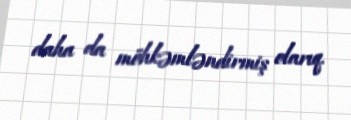
daha da möhkəmləndirmiş olarıq.